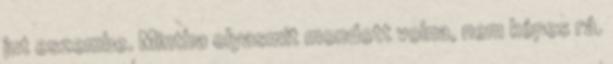
jut eszembe. Mintha olyasmit mondott volna, nem képes rá.